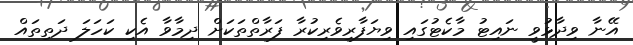
އޭނާ ވިދާޅުވީ ނައިޓު މާކެޓުގައި ވިޔަފާރިވެރިކުރާ ފަރާތްތަކަށް ދިމާވާ އެކި ކަހަލަ ދަތިތައް